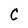
Character: C